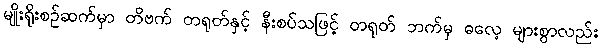
မျိုးရိုးစဉ်ဆက်မှာ တိဗက် တရုတ်နှင့် နီးစပ်သဖြင့် တရုတ် ဘက်မှ ဓလေ့ များစွာလည်း